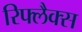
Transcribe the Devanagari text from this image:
रिफ्लैक्स